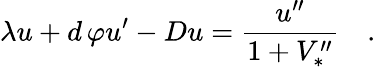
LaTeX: \lambda u+d\, \varphi u^{\prime}-Du={\frac{u^{\prime\prime}}{1+V_{*}^{\prime\prime}}}\quad.